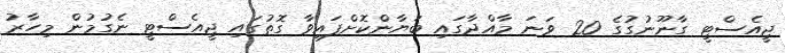
ޖީއެސްޓީ ގާނޫނުގުގެ 20 ވަނަ މާއްދާގައި ބަޔާންކޮށްފައިވާ ގޮތުގައި ޖީއެސްޓީ ނެގުމުން މިހާރު